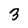
Character: 3